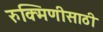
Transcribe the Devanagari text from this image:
रुक्मिणीसाठी